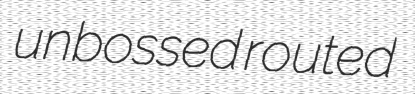
unbossed routed